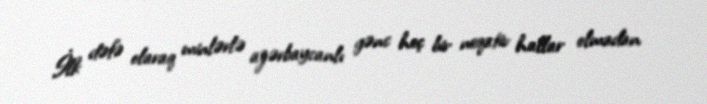
İlk dəfə olaraq minlərlə azərbaycanlı gənc heç bir neqativ hallar olmadan